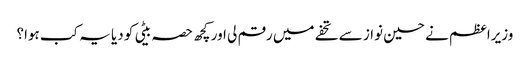
وزیراعظم نے حسین نواز سے تحفے میں رقم لی اور کچھ حصہ بیٹی کو دیا یہ کب ہوا؟